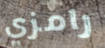
رامزي